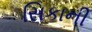
સિકાની